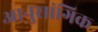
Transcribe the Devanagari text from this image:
आनुसांगिक